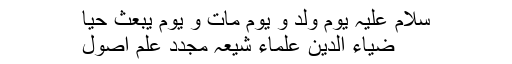
سلام علیہ یوم وُلد و یوم مات و یوم یُبعثُ حیاً
ضیاء الدین علماء شیعہ مجدد علم اصول